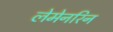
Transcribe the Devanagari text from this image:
लेमेनरिन